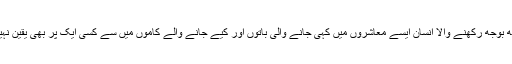
ذرا سمجھ بوجھ رکھنے والا انسان ایسے معاشروں میں کہی جانے والی باتوں اور کیے جانے والے کاموں میں سے کسی ایک پر بھی یقین نہیں رکھتا۔